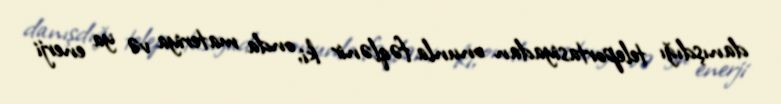
danışdığı teleportasiyadan onunla fəqlənir ki, onda materiya və ya enerji